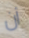
أن